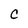
Character: c